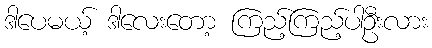
ဒါပေမယ့် ဒါလေးတော့ ကြည့်ကြည့်ပါဦးလား